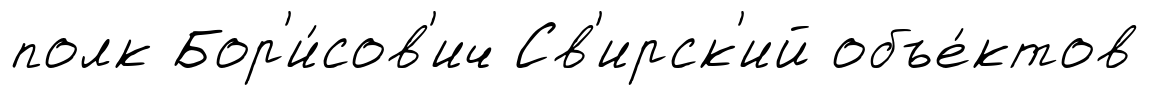
полк Бор'и́сов'ич Св'ирск'ий объе́ктов